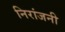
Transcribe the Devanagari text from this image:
निरांजनी